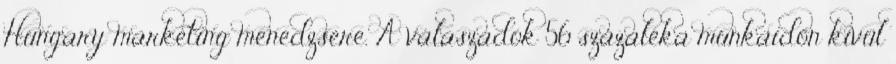
Hungary marketing menedzsere. A válaszadók 56 százaléka munkaidőn kívül